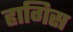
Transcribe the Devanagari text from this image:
हागिस